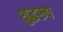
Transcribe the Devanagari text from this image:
शुद्धरूप